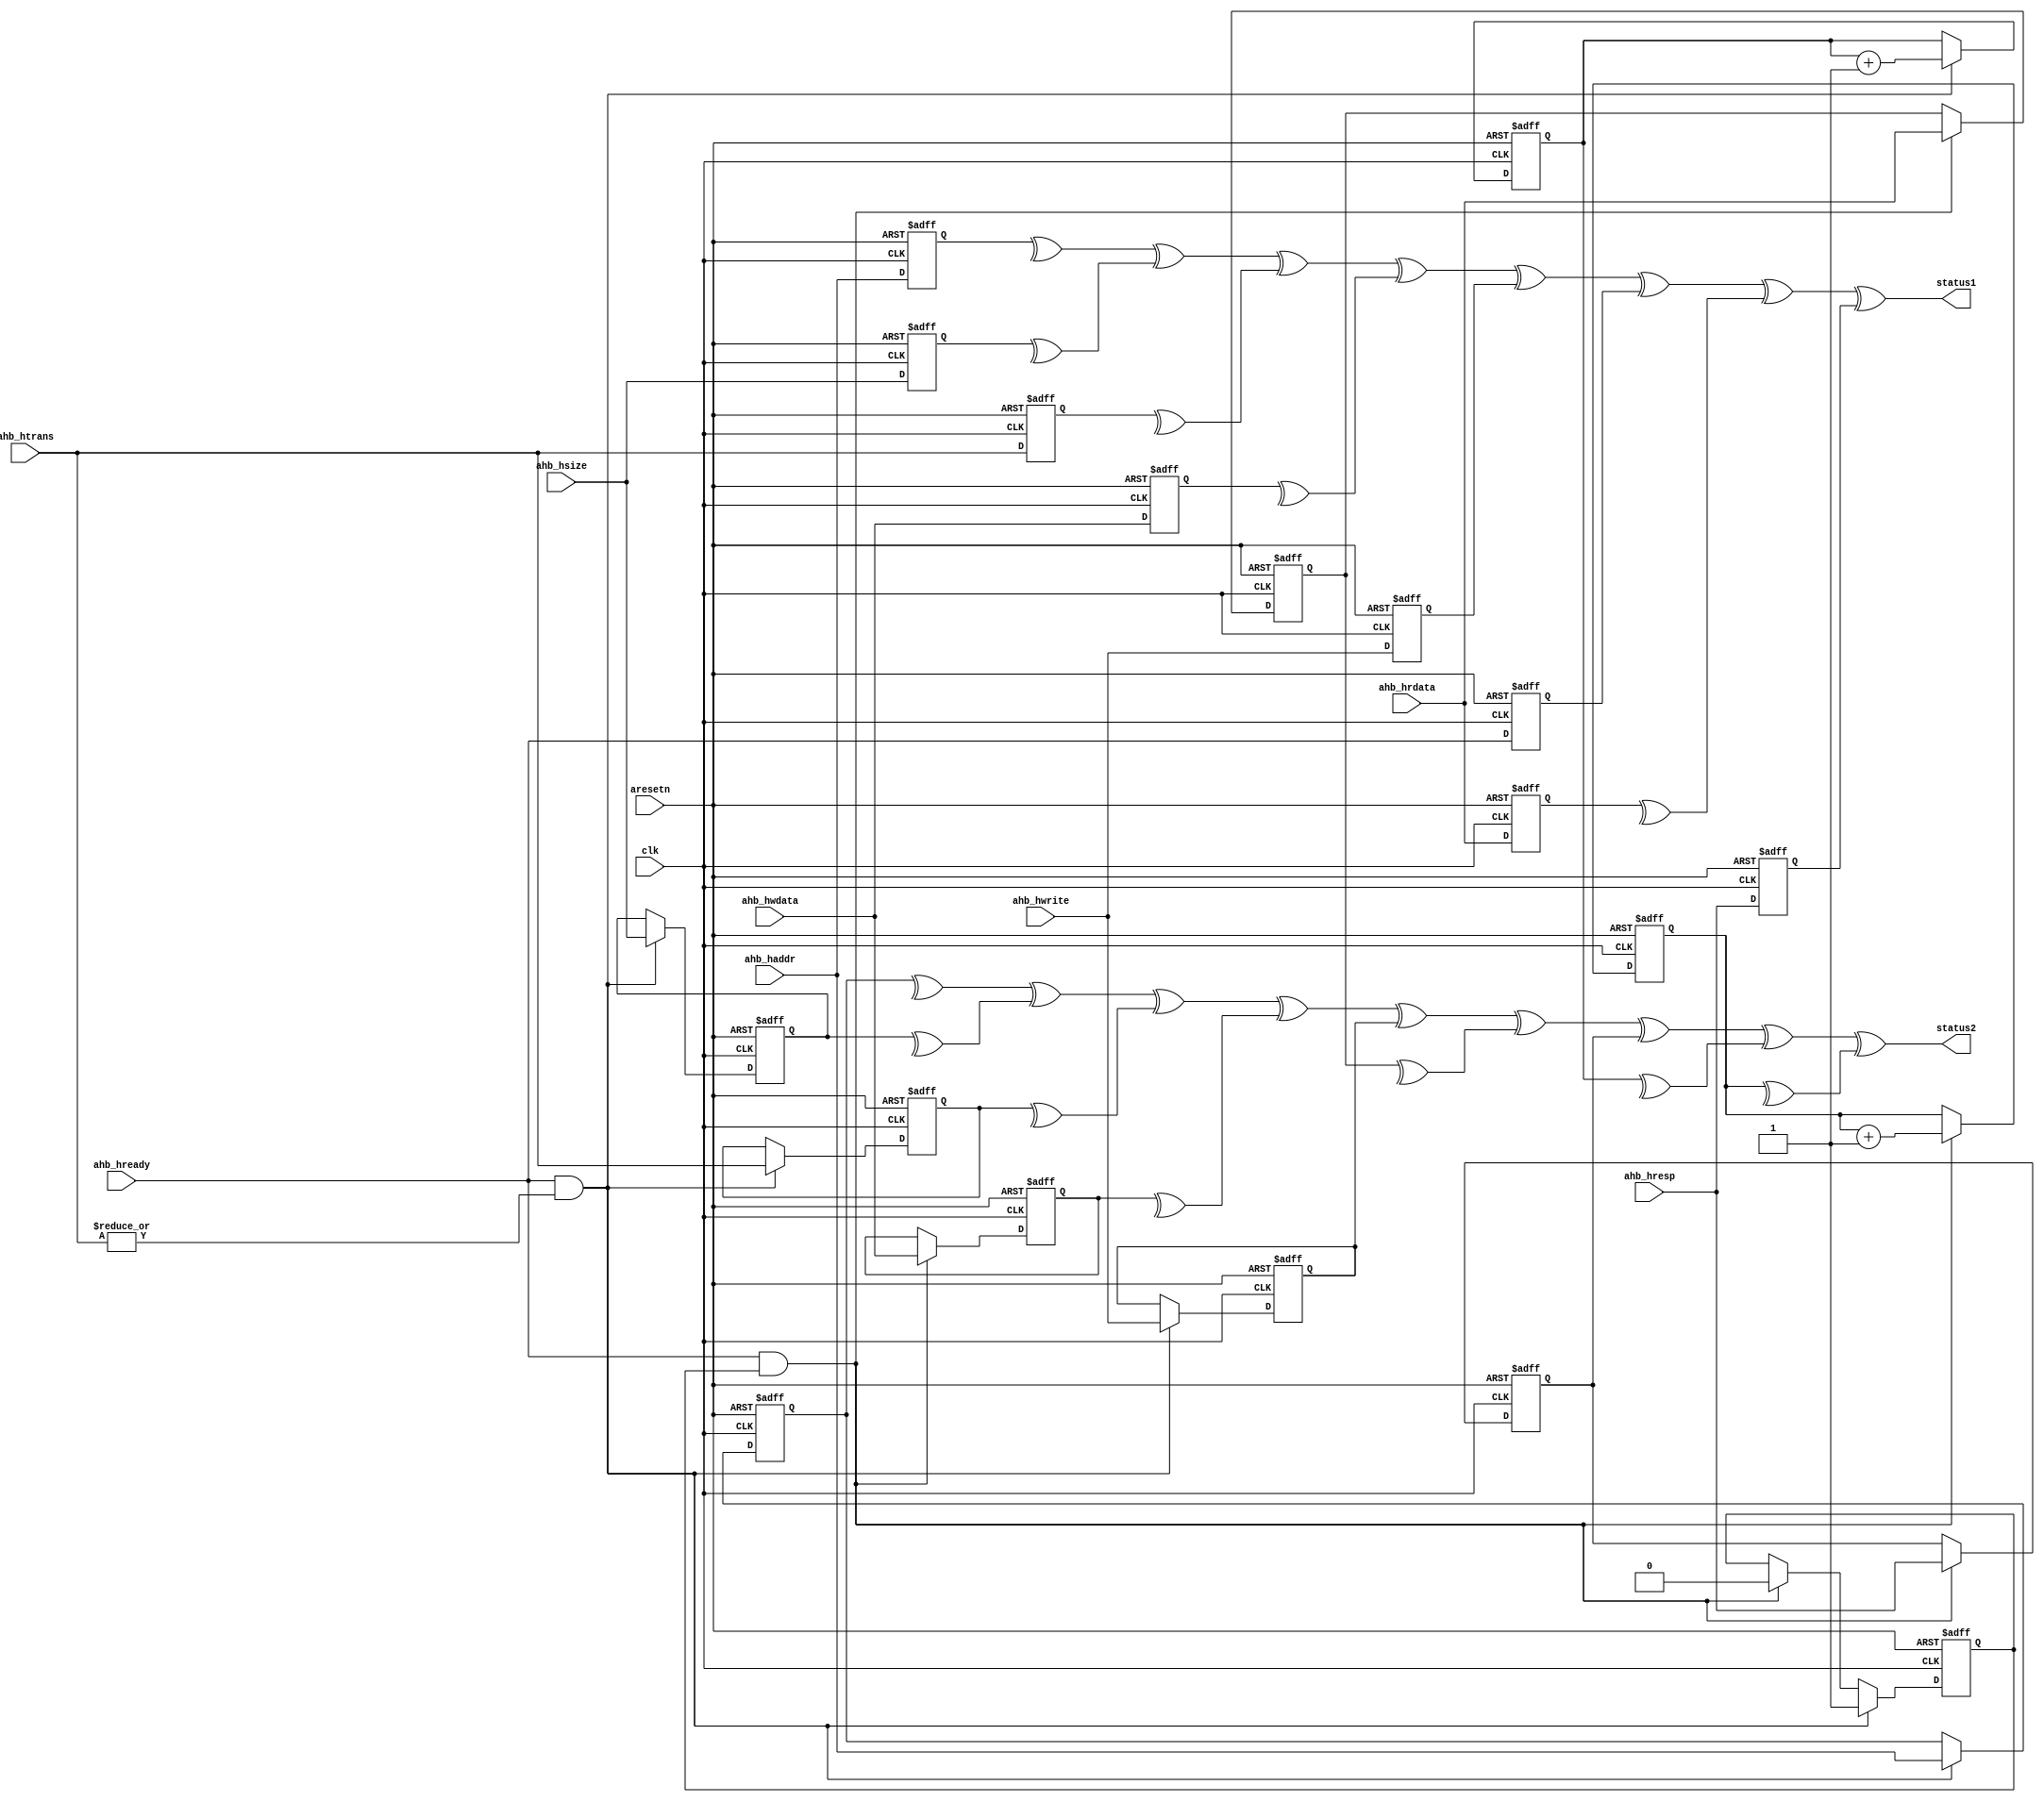
//-----------------------------------------------------------------------------
// Copyright (c) 2017 AsicVault OU
//
// Description : Generic simple AHB Lite to Avalon MM module
//----------------------------------------------------------------------------

module ahb_debug_capture(
	//Avalon MM interface (master)
	input				clk				,
	input				aresetn			,
	//AHB Lite interface (monitor interface)
	input		[31:0]	ahb_haddr		,
	input		[ 1:0]	ahb_hsize		,
	input		[ 1:0]	ahb_htrans		,
	input		[31:0]	ahb_hwdata		,
	input				ahb_hwrite		,
	input				ahb_hready		,
	input		[31:0]	ahb_hrdata		,
	input				ahb_hresp		,
	output				status1,
	output 				status2
);

	reg		[31:0]	state_haddr		;
	reg		[ 1:0]	state_hsize		;
	reg		[ 1:0]	state_htrans	;
	reg		[31:0]	state_hwdata	;
	reg				state_hwrite	;
	reg				state_hready	;
	reg		[31:0]	state_hrdata	;
	reg				state_hresp		;
	
	reg		[31:0]	capt_haddr		;
	reg		[ 1:0]	capt_hsize		;
	reg		[ 1:0]	capt_htrans		;
	reg		[31:0]	capt_hwdata		;
	reg				capt_hwrite		;
	reg		[31:0]	capt_hrdata		;
	reg				capt_hresp		;

	reg		[15:0]  tr_init;
	reg		[15:0]  tr_done;
	reg 			tr_act;
	
	assign status1 = ^state_haddr ^ ^state_hsize ^ ^state_htrans ^ ^state_hwdata ^ state_hwrite ^ state_hready ^ ^state_hrdata ^ state_hresp;
	assign status2 = ^capt_haddr ^ ^capt_hsize ^ ^capt_htrans ^ ^capt_hwdata ^ capt_hwrite ^ ^capt_hrdata ^ capt_hresp ^ ^tr_init ^ ^tr_done;
	
	always @(posedge clk or negedge aresetn)
		if (~aresetn) begin
			state_haddr		<= 0;
			state_hsize		<= 0;
			state_htrans	<= 0;
			state_hwdata	<= 0;
			state_hwrite	<= 0;
			state_hready	<= 0;
			state_hrdata	<= 0;
			state_hresp		<= 0;
			capt_haddr		<= 0;
			capt_hsize		<= 0;
			capt_htrans		<= 0;
			capt_hwdata		<= 0;
			capt_hwrite		<= 0;
			capt_hrdata		<= 0;
			capt_hresp		<= 0;
			tr_init <= 0;
			tr_done <= 0;
			tr_act  <= 0;
		end else begin
			state_haddr		<= ahb_haddr	;
			state_hsize		<= ahb_hsize	;
			state_htrans	<= ahb_htrans	;
			state_hwdata	<= ahb_hwdata	;
			state_hwrite	<= ahb_hwrite	;
			state_hready	<= ahb_hready	;
			state_hrdata	<= ahb_hrdata	;
			state_hresp		<= ahb_hresp	;
			
			if (ahb_hready & tr_act) begin
				capt_hwdata	<= ahb_hwdata	;
				capt_hrdata	<= ahb_hrdata	;
				capt_hresp	<= ahb_hresp	;
				tr_act <= 0;
				tr_done <= tr_done + 1'b1;
			end
			if (ahb_hready & |ahb_htrans) begin
				capt_haddr	<= ahb_haddr	;
				capt_hsize	<= ahb_hsize	;
				capt_htrans	<= ahb_htrans	;
				capt_hwrite	<= ahb_hwrite	;
				tr_init <= tr_init + 1'b1;
				tr_act <= 1'b1;
			end
		
		end
	
endmodule